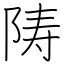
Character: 陦